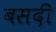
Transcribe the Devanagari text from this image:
बसदी